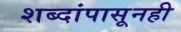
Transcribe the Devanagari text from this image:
शब्दांपासूनही